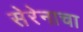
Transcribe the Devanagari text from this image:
सेरेनाचा